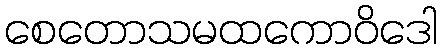
စေတောသမထကောဝိဒေါ